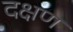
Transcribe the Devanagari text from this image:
दक्षण